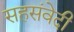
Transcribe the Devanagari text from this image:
सहसंवेदी